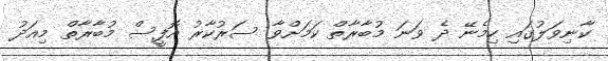
ކާނިވަލުގައި ހިމެނޭ ދެ ވަނަ މުބާރާތް ކަމަށްވާ ސަރުކާރު އޮފީސް މުބާރާތް މިއަދު